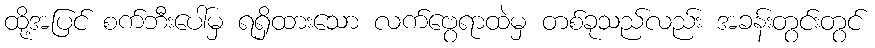
ထို့အပြင် စက်ဘီးပေါ်မှ ရရှိထားသော လက်ဗွေရာထဲမှ တစ်ခုသည်လည်း အခန်းတွင်းတွင်